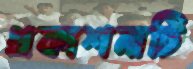
প্রকাশনাটি